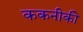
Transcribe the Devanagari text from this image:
ककनीकी